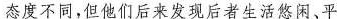
态度不同，但他们后来发现后者生活悠闲、平